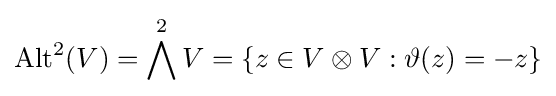
{\text{Alt}}^{2}(V)=\bigwedge ^{2}V=\{z\in V\otimes V:\vartheta (z)=-z\}